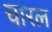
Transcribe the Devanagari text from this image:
चारल